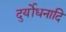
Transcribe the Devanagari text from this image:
दुर्योधनादि